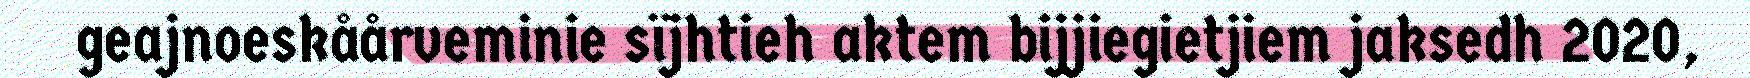
geajnoeskåårveminie sïjhtieh aktem bijjiegietjiem jaksedh 2020,